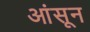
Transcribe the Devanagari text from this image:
आंसून